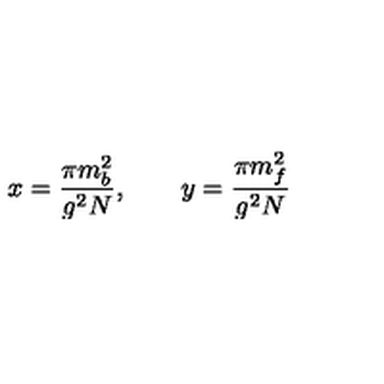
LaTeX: x = \frac { \pi m _ { b } ^ { 2 } } { g ^ { 2 } N } , \qquad y = \frac { \pi m _ { f } ^ { 2 } } { g ^ { 2 } N }